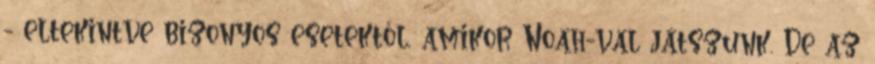
- eltekintve bizonyos esetektől, amikor Noah-val játszunk. De az